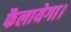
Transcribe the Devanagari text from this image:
फैलायेगा।